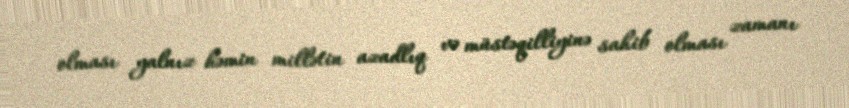
olması yalnız həmin millətin azadlıq və müstəqilliyinə sahib olması zamanı